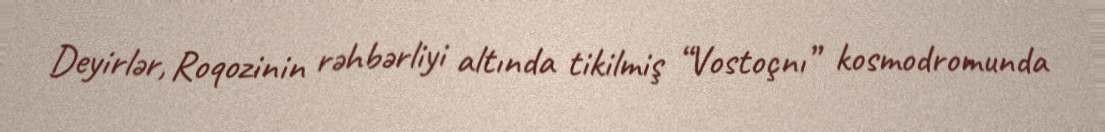
Deyirlər, Roqozinin rəhbərliyi altında tikilmiş “Vostoçnı” kosmodromunda